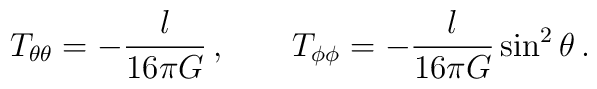
T_{\theta\theta} = -\frac{l}{16\pi G}\,, \qquad T_{\phi\phi} =-\frac{l}{16\pi G}\sin^2\theta\,.